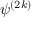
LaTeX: \psi ^ { ( 2 k ) }